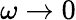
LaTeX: \omega\to 0